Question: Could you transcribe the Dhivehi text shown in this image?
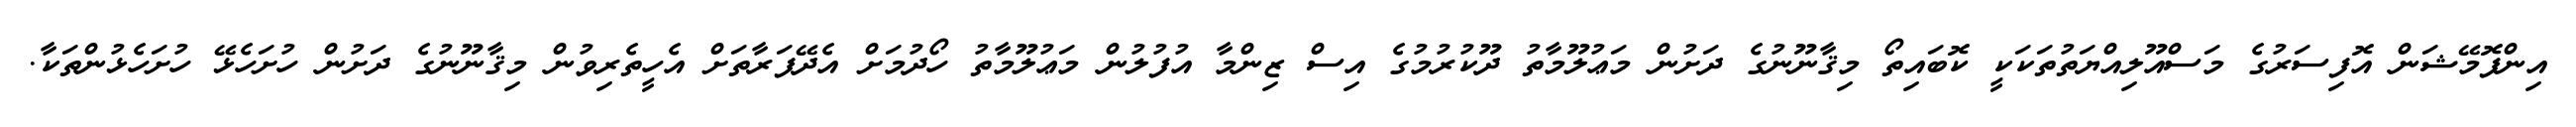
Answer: އިންފޮމޭޝަން އޮފިސަރުގެ މަސްއޫލިއްޔަތުތަކަކީ ކޮބައިތޯ މިޤާނޫނުގެ ދަށުން މަޢުލޫމާތު ދޫކުރުމުގެ އިސް ޒިންމާ އުފުލުން މަޢުލޫމާތު ހޯދުމަށް އެދޭފަރާތަށް އެހީތެރިވުން މިޤާނޫނުގެ ދަށުން ހުށަހެޅޭ ހުށަހެޅުންތަކާ.